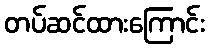
တပ်ဆင်ထားကြောင်း